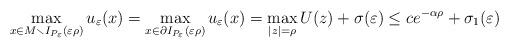
LaTeX: \begin{align*}\max_{x\in M\smallsetminus I_{P_{\varepsilon}}(\varepsilon\rho)}u_{\varepsilon}(x)=\max_{x\in\partial I_{P_{\varepsilon}}(\varepsilon\rho)}u_{\varepsilon}(x)=\max_{|z|=\rho}U(z)+\sigma(\varepsilon)\le ce^{-\alpha\rho}+\sigma_{1}(\varepsilon)\end{align*}